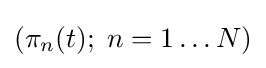
(\pi _{n}(t);\;n=1\ldots N)